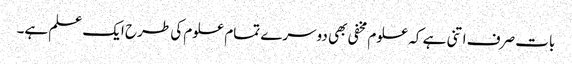
بات صرف اتنی ہے کہ علوم مخفی بھی دوسرے تمام علوم کی طرح ایک علم ہے۔